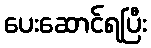
ပေးဆောင်ရပြီး